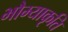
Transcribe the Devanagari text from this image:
भौम्याकृति